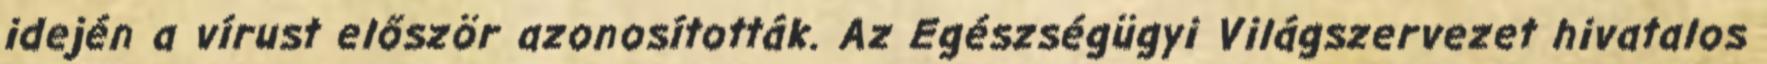
idején a vírust először azonosították. Az Egészségügyi Világszervezet hivatalos